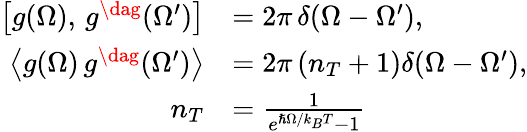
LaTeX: \begin{array}{rl}{\left[g(\Omega),\, g^{\dag}(\Omega^{\prime})\right]}&{=2\pi\, \delta(\Omega-\Omega^{\prime}),}\\ {\left\langle g(\Omega)\, g^{\dag}(\Omega^{\prime})\right\rangle}&{=2\pi\left(n_{T}+1\right)\delta(\Omega-\Omega^{\prime}),}\\ {n_{T}}&{=\frac{1}{e^{\hslash\Omega/k_{B}T}-1}}\end{array}